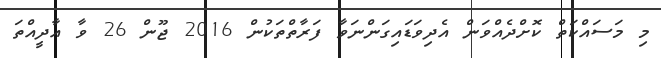
މި މަސައްކަތް ކޮށްދެއްވަން އެދިވަޑައިގަންނަވާ ފަރާތްތަކުން 2016 ޖޫން 26 ވާ އާދީއްތަ